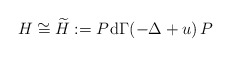
\begin{align*} H\cong \widetilde{H}:= P_{}\, \mathrm{d}\Gamma(-\Delta +u)\, P_{}\end{align*}